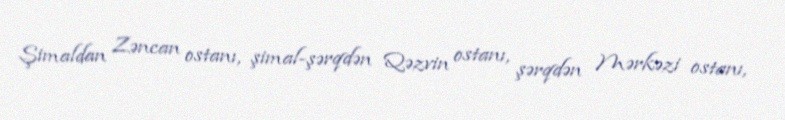
Şimaldan Zəncan ostanı, şimal-şərqdən Qəzvin ostanı, şərqdən Mərkəzi ostanı,